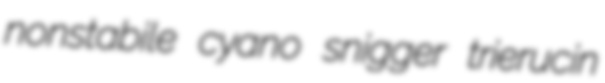
nonstabile cyano snigger trierucin